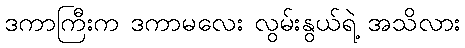
ဒကာကြီးက ဒကာမလေး လွမ်းနွယ်ရဲ့ အသိလား